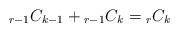
LaTeX: \begin{align*} {}_{r - 1} C_{k - 1} + {}_{r - 1} C_{k} = {}_{r} C_{k} \end{align*}